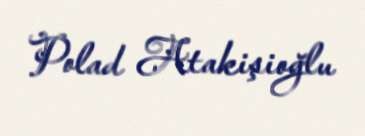
Polad Atakişioğlu